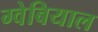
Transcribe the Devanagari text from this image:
ग्वेबियाल